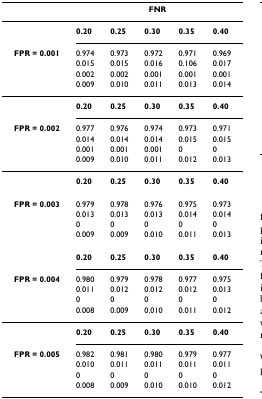
|  | <COLSPAN=5> FNR |
 | --- | --- | --- | --- | --- | --- |
 |  | 0.20 | 0.25 | 0.30 | 0.35 | 0.40 |
 | FPR = 0.001 | 0.974 | 0.973 | 0.972 | 0.971 | 0.969 |
 |  | 0.015 | 0.015 | 0.016 | 0.106 | 0.017 |
 |  | 0.002 | 0.002 | 0.001 | 0.001 | 0.001 |
 |  | 0.009 | 0.010 | 0.011 | 0.013 | 0.014 |
 |  | 0.20 | 0.25 | 0.30 | 0.35 | 0.40 |
 | FPR = 0.002 | 0.977 | 0.976 | 0.974 | 0.973 | 0.971 |
 |  | 0.014 | 0.014 | 0.014 | 0.015 | 0.015 |
 |  | 0.001 | 0.001 | 0.001 | 0 | 0 |
 |  | 0.009 | 0.010 | 0.011 | 0.012 | 0.013 |
 |  | 0.20 | 0.25 | 0.30 | 0.35 | 0.40 |
 | FPR = 0.003 | 0.979 | 0.978 | 0.976 | 0.975 | 0.973 |
 |  | 0.013 | 0.013 | 0.013 | 0.014 | 0.014 |
 |  | 0 | 0 | 0 | 0 | 0 |
 |  | 0.009 | 0.009 | 0.010 | 0.011 | 0.013 |
 |  | 0.20 | 0.25 | 0.30 | 0.35 | 0.40 |
 | FPR = 0.004 | 0.980 | 0.979 | 0.978 | 0.977 | 0.975 |
 |  | 0.011 | 0.012 | 0.012 | 0.012 | 0.013 |
 |  | 0 | 0 | 0 | 0 | 0 |
 |  | 0.008 | 0.009 | 0.010 | 0.011 | 0.012 |
 |  | 0.20 | 0.25 | 0.30 | 0.35 | 0.40 |
 | FPR = 0.005 | 0.982 | 0.981 | 0.980 | 0.979 | 0.977 |
 |  | 0.010 | 0.011 | 0.011 | 0.011 | 0.011 |
 |  | 0 | 0 | 0 | 0 | 0 |
 |  | 0.008 | 0.009 | 0.010 | 0.010 | 0.012 |